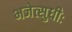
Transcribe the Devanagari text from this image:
भजेत्सुधीः